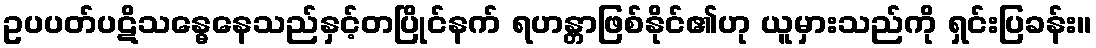
ဥပပတ်ပဋိသန္ဓေနေသည်နှင့်တပြိုင်နက် ရဟန္တာဖြစ်နိုင်၏ဟု ယူမှားသည်ကို ရှင်းပြခန်း။